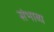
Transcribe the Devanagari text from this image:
संभाव्‍य